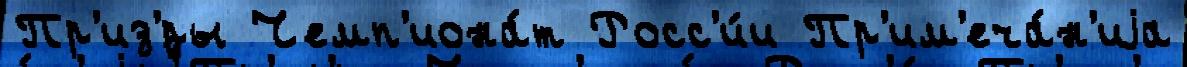
Пр'из'́ры Чемп'иона́т Росс'и́и Пр'им'еча́н'иjа